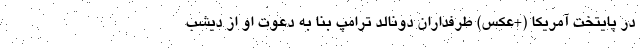
در پایتخت آمریکا (+عکس) طرفداران دونالد ترامپ بنا به دعوت او از دیشب